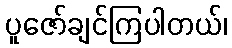
ပူဇော်ချင်ကြပါတယ်၊